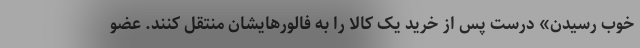
خوب رسیدن» درست پس از خرید یک کالا را به فالورهایشان منتقل کنند. عضو